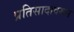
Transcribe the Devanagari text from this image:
प्रतिसादावरून